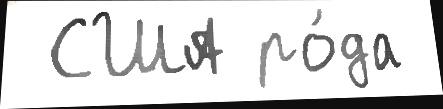
 США ро́да